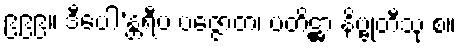
၉၉၉။ ဒီပေါ’န္တရီပ ပဇ္ဇောတ၊ ပတိဋ္ဌာ နိဗ္ဗုတီသု စ။